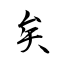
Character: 矣